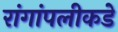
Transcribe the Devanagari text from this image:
रांगांपलीकडे